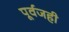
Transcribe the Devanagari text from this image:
पूर्वजही